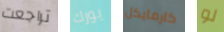
تراجعت يورك كارمايكل لو